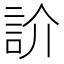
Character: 䚸